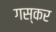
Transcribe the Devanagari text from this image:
गस्कर